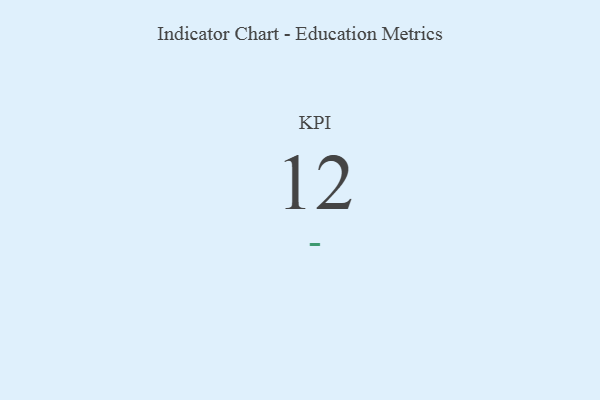
{"axis": {"x": "KPI", "y": "Value"}, "legend": [""], "data": [{"x": "KPI", "y": 12, "type": ""}]}